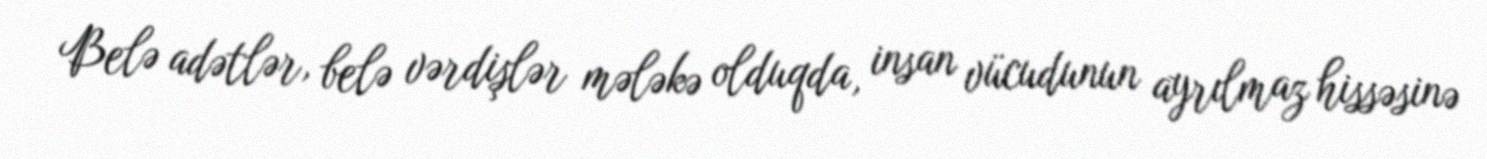
Belə adətlər, belə vərdişlər mələkə olduqda, insan vücudunun ayrılmaz hissəsinə